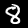
Label: 8